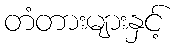
တံတားများနှင့်